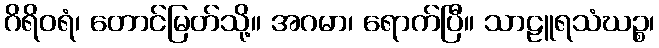
ဂိရိဝရံ၊ တောင်မြတ်သို့။ အဂမာ၊ ရောက်ပြီ။ သာဠူရသံဃဉ္စ၊